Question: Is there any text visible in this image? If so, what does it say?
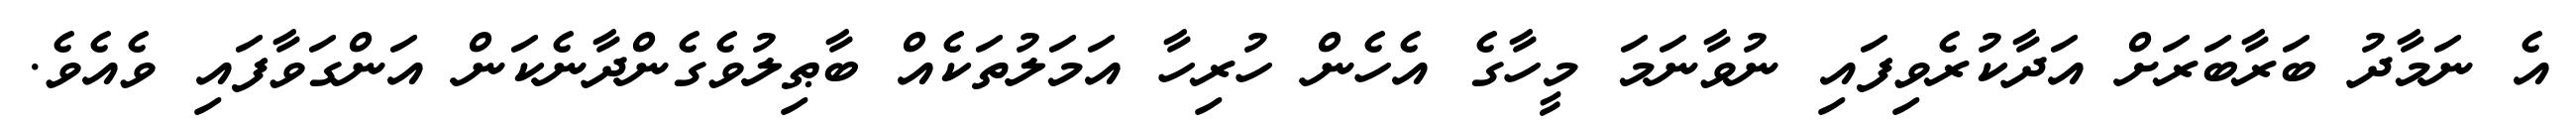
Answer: އެ ނަމާދު ބަރާބަރަށް އަދާކުރެވިފައި ނުވާނަމަ މީހާގެ އެހެން ހުރިހާ އަމަލުތަކެއް ބާޠިލުވެގެންދާނެކަން އަންގަވާފައި ވެއެވެ.